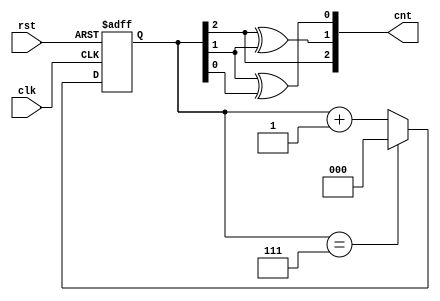
`timescale 1ns / 1ps
//////////////////////////////////////////////////////////////////////////////////
// Company: 
// Engineer: 
// 
// Design Name: 
// Module Name: gray_counter
// Project Name: 
// Target Devices: 
// Tool Versions: 
// Description: 
// 
// Dependencies: 
// 
// Revision:
// Revision 0.01 - File Created
// Additional Comments:
// 
//////////////////////////////////////////////////////////////////////////////////


module gray_counter(
    input clk,
    input rst,
    output [2:0] cnt
    );
    reg[ 2: 0 ] cnt_temp;
    
    initial
    begin
    cnt_temp = 3'd0;
    end
    
    always@(posedge clk or negedge rst) begin
                if( ! rst )begin         
                        cnt_temp <= 3'b000 ;
                end
                else if ( cnt_temp==3'd7 ) begin  
                        cnt_temp <=3'b000;
                end
                else begin                                      
                        cnt_temp <= cnt_temp + 1'b1 ; 
                end
     end
     assign cnt[2] = cnt_temp[2];
     assign cnt[1] = cnt_temp[2]^cnt_temp[1];
     assign cnt[0] = cnt_temp[1]^cnt_temp[0];

endmodule